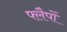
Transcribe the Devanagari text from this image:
फ्लैपों